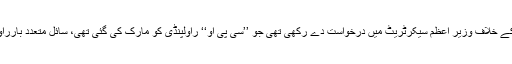
خط میں مزید لکھا تھا کہ میں(فیصل)نے کسی سیاستدان کے خلاف وزیر اعظم سیکرٹریٹ میں درخواست دے رکھی تھی جو ’’سی پی او‘‘ راولپنڈی کو مارک کی گئی تھی، سائل متعدد بارراولپنڈی تھانہ گیاپراُس کی درخواست پر کارروائی نہ ہوئی۔